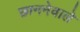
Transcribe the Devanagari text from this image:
छाननेवाले